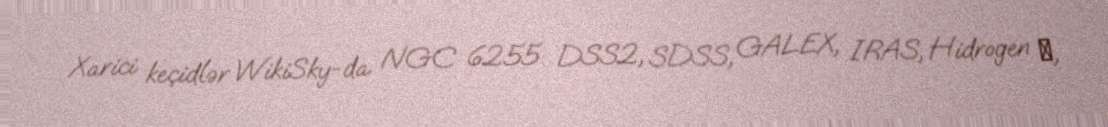
Xarici keçidlər WikiSky-da NGC 6255: DSS2, SDSS, GALEX, IRAS, Hidrogen α,